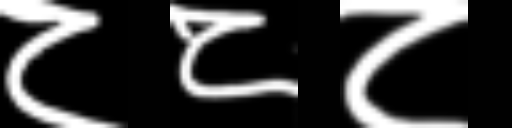
Text: ८८८